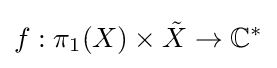
f:\pi _{1}(X)\times {\tilde {X}}\to \mathbb {C} ^{*}